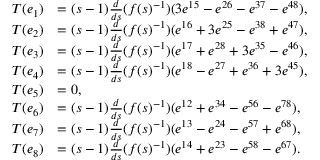
\begin{array} { r l } { T ( e _ { 1 } ) } & { = ( s - 1 ) \frac { d } { d s } ( f ( s ) ^ { - 1 } ) ( 3 e ^ { 1 5 } - e ^ { 2 6 } - e ^ { 3 7 } - e ^ { 4 8 } ) , } \\ { T ( e _ { 2 } ) } & { = ( s - 1 ) \frac { d } { d s } ( f ( s ) ^ { - 1 } ) ( e ^ { 1 6 } + 3 e ^ { 2 5 } - e ^ { 3 8 } + e ^ { 4 7 } ) , } \\ { T ( e _ { 3 } ) } & { = ( s - 1 ) \frac { d } { d s } ( f ( s ) ^ { - 1 } ) ( e ^ { 1 7 } + e ^ { 2 8 } + 3 e ^ { 3 5 } - e ^ { 4 6 } ) , } \\ { T ( e _ { 4 } ) } & { = ( s - 1 ) \frac { d } { d s } ( f ( s ) ^ { - 1 } ) ( e ^ { 1 8 } - e ^ { 2 7 } + e ^ { 3 6 } + 3 e ^ { 4 5 } ) , } \\ { T ( e _ { 5 } ) } & { = 0 , } \\ { T ( e _ { 6 } ) } & { = ( s - 1 ) \frac { d } { d s } ( f ( s ) ^ { - 1 } ) ( e ^ { 1 2 } + e ^ { 3 4 } - e ^ { 5 6 } - e ^ { 7 8 } ) , } \\ { T ( e _ { 7 } ) } & { = ( s - 1 ) \frac { d } { d s } ( f ( s ) ^ { - 1 } ) ( e ^ { 1 3 } - e ^ { 2 4 } - e ^ { 5 7 } + e ^ { 6 8 } ) , } \\ { T ( e _ { 8 } ) } & { = ( s - 1 ) \frac { d } { d s } ( f ( s ) ^ { - 1 } ) ( e ^ { 1 4 } + e ^ { 2 3 } - e ^ { 5 8 } - e ^ { 6 7 } ) . } \end{array}